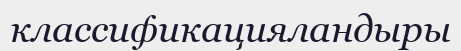
классификацияландыры